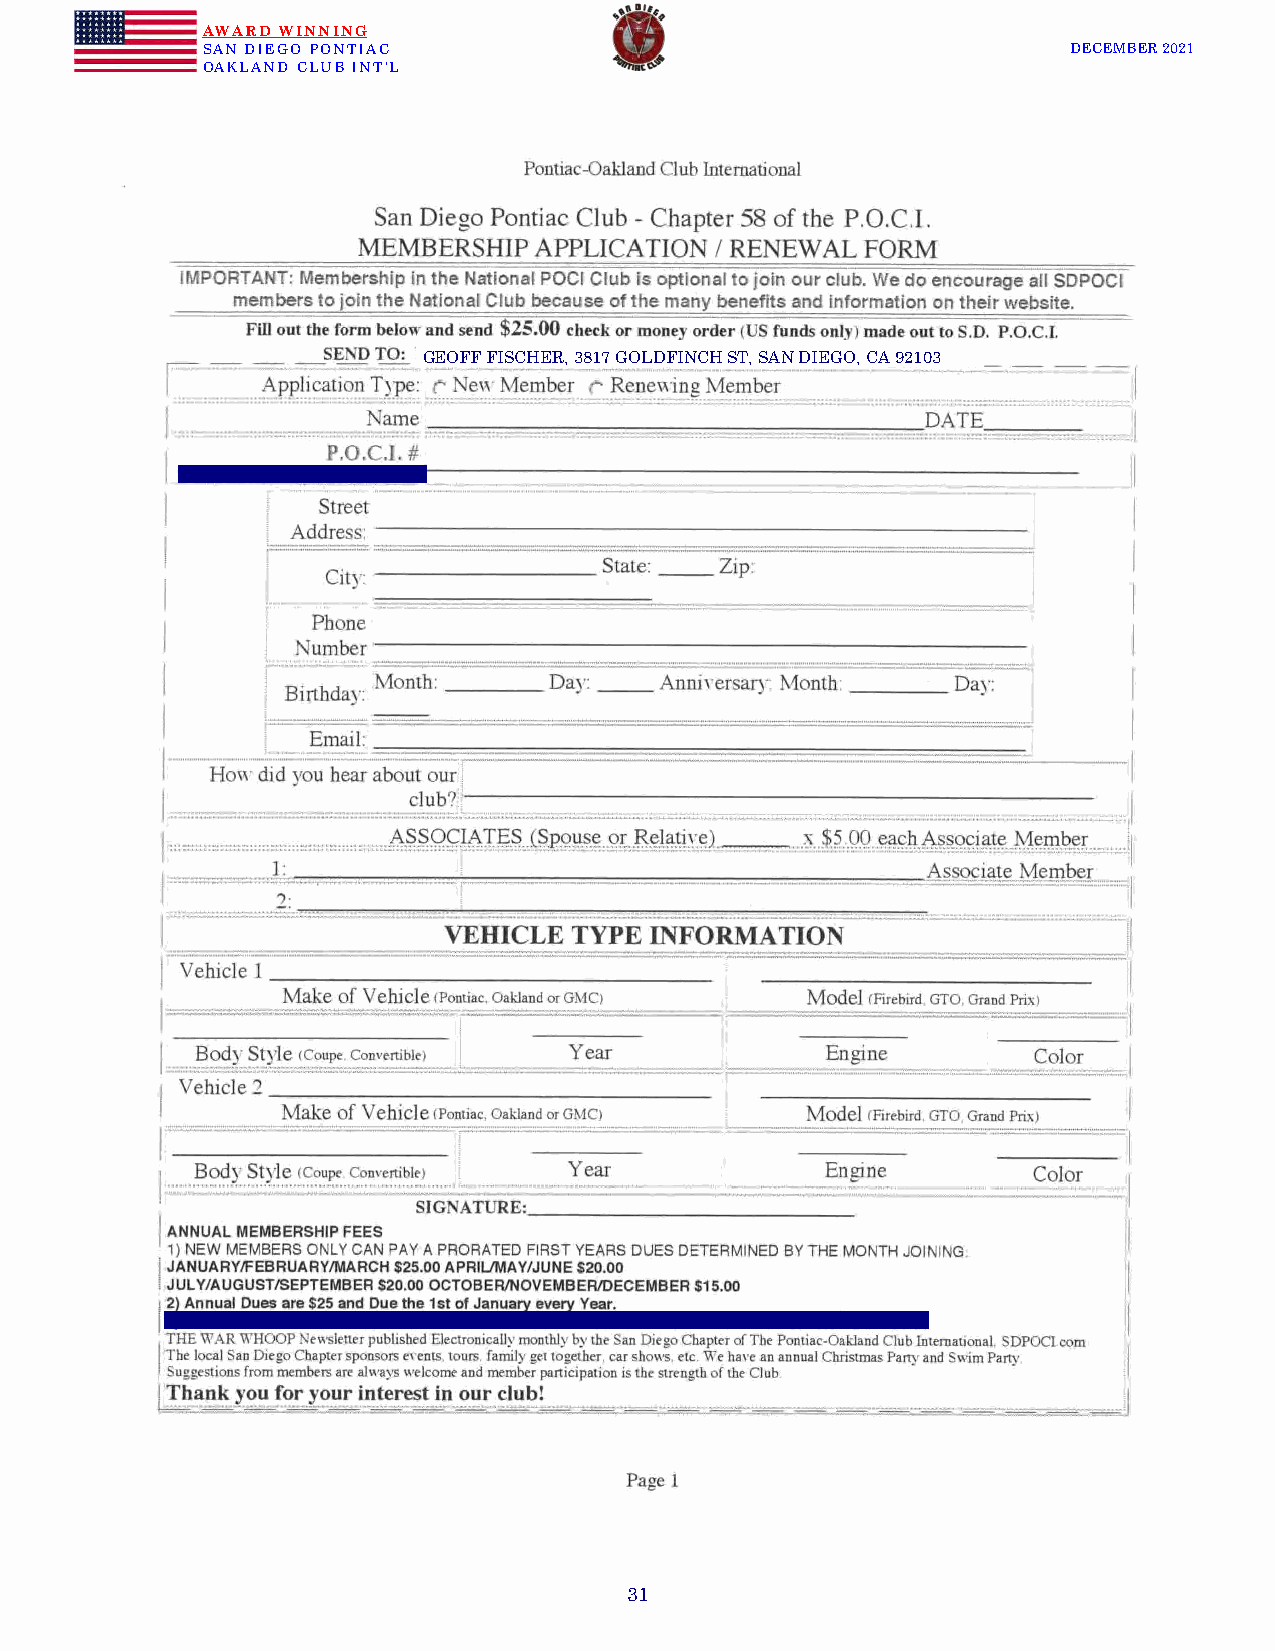
AWARD WINNING
 SAN DIEGO PONTIAC                                         DECEMBER 2021
 OAKLAND CLUB INT’L
 GEOFF FISCHER, 3817 GOLDFINCH ST, SAN DIEGO, CA 92103
 31